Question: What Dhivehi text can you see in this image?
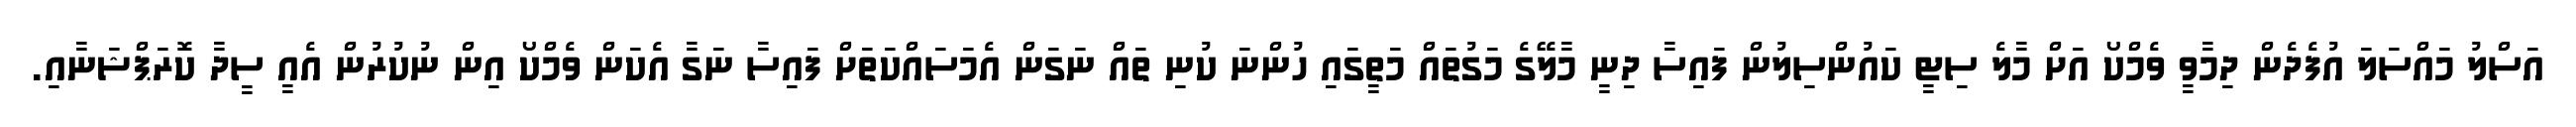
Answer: އަސްލު މައްސަލަ އުފެދެން ދިމާވީ ވެމްކޯ އަށް މާލެ ސިޓީ ކައުންސިލުން ފައިސާ ދިނީ މާލޭގެ މަގުތައް މަތީގައި ހުންނަ ކުނި ތައް ނަގަން އެމަސައްކަތަށް ފައިސާ ނަގާ އެކަން ވެމްކޯ އިން ނުކުރުން އެއީ ސީދާ ކޮރަޕްޝަނާއި.